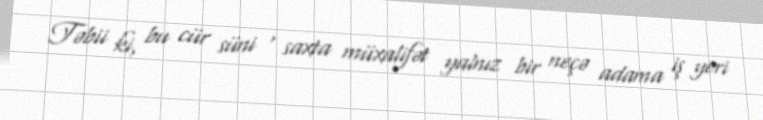
Təbii ki, bu cür süni , saxta müxalifət yalnız bir neçə adama iş yeri